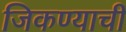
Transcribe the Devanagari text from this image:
जिकण्याची